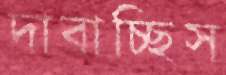
দাবাচ্ছিস